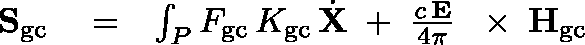
\begin{array} { r l r } { { \bf S } _ { \mathrm { g c } } } & { { } = } & { \int _ { P } F _ { \mathrm { g c } } \, K _ { \mathrm { g c } } \, \dot { \bf X } \; + \; \frac { c \, { \bf E } } { 4 \pi } \, \mathrm { ~ \boldmath ~ \times ~ } \, { \bf H } _ { \mathrm { g c } } } \end{array}